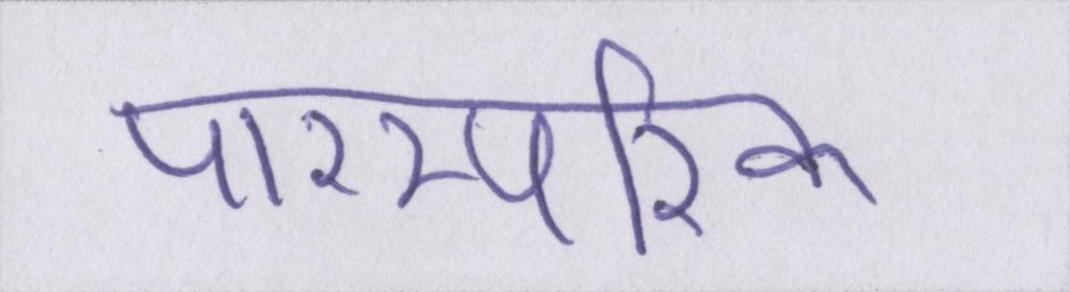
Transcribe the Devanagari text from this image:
पारम्परिक